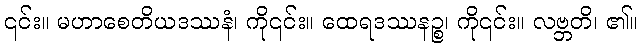
၎င်း။ မဟာစေတိယဒဿနံ၊ ကို၎င်း။ ထေရဒဿနဉ္စ၊ ကို၎င်း။ လဗ္ဘတိ၊ ၏။